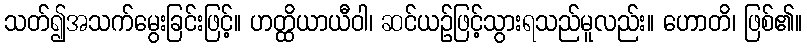
သတ်၍အသက်မွေးခြင်းဖြင့်။ ဟတ္ထိယာယီဝါ၊ ဆင်ယဉ်ဖြင့်သွားရသည်မူလည်း။ ဟောတိ၊ ဖြစ်၏။